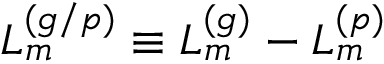
L _ { m } ^ { ( g / p ) } \equiv L _ { m } ^ { ( g ) } - L _ { m } ^ { ( p ) }